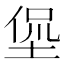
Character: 𱗁